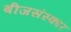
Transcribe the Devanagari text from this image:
बीजसंस्कार